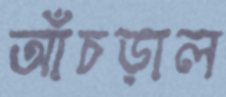
আঁচড়াল